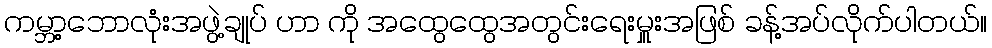
ကမ္ဘာ့ဘောလုံးအဖွဲ့ချုပ် ဟာ ကို အထွေထွေအတွင်းရေးမှူးအဖြစ် ခန့်အပ်လိုက်ပါတယ်။